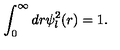
\displaystyle \int _ { 0 } ^ { \infty } d r \psi _ { l } ^ { 2 } ( r ) = 1 .